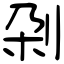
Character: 刴